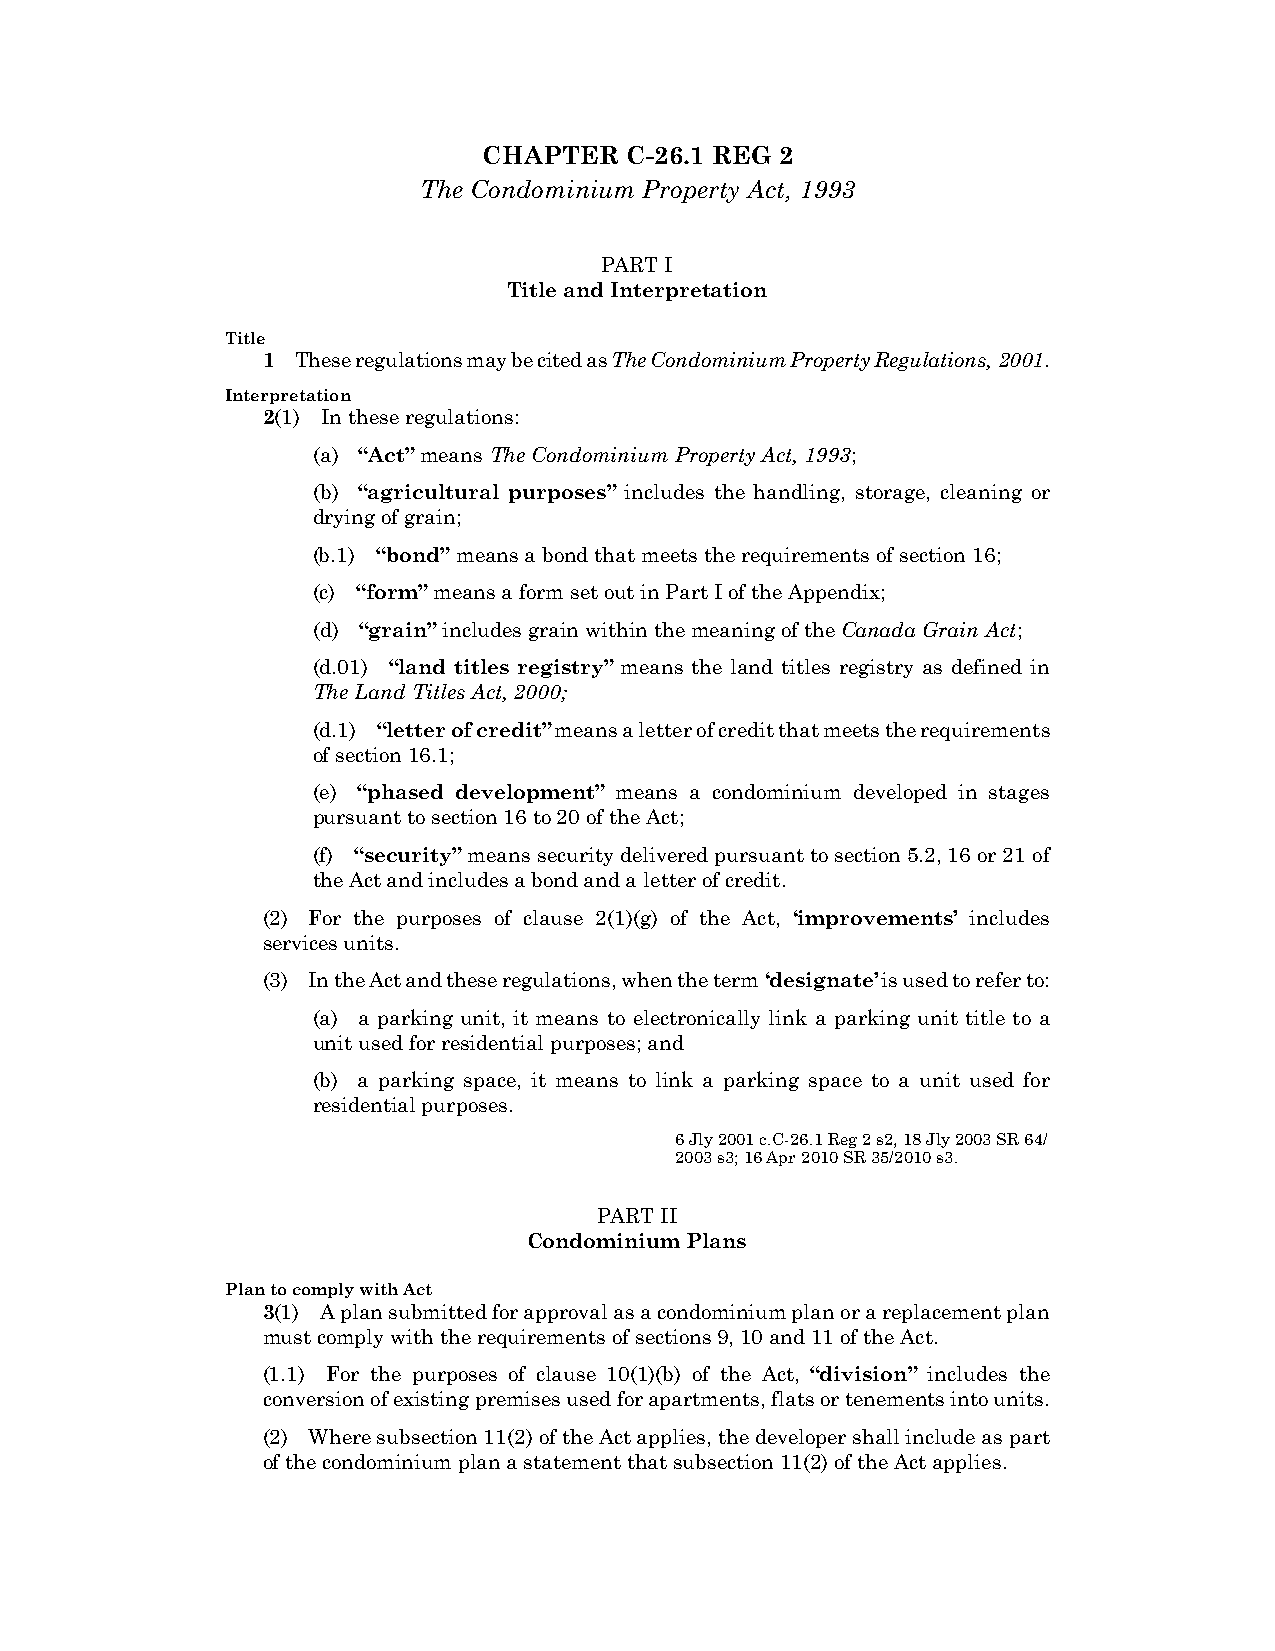
4
 C-26.1 REG 2     CONDOMINIUM PROPERTY, 2001
 CHAPTER  C-26.1 REG 2
 The Condominium Property Act, 1993
 PART I
 Title and Interpretation
 Title
 1  These regulations may be cited as The Condominium Property Regulations, 2001.
 Interpretation
 2(1) In these regulations:
 (a) “Act” means The Condominium Property Act, 1993;
 (b) “agricultural purposes” includes the handling, storage, cleaning or
 drying of grain;
 (b.1) “bond” means a bond that meets the requirements of section 16;
 (c) “form” means a form set out in Part I of the Appendix;
 (d) “grain” includes grain within the meaning of the Canada Grain Act;
 (d.01) “land titles registry” means the land titles registry as defined in
 The Land Titles Act, 2000;
 (d.1) “letter of credit” means a letter of credit that meets the requirements
 of section 16.1;
 (e) “phased development” means a condominium developed in stages
 pursuant to section 16 to 20 of the Act;
 (f) “security” means security delivered pursuant to section 5.2, 16 or 21 of
 the Act and includes a bond and a letter of credit.
 (2) For the purposes of clause 2(1)(g) of the Act, ‘improvements’ includes
 services units.
 (3) In the Act and these regulations, when the term ‘designate’ is used to refer to:
 (a) a parking unit, it means to electronically link a parking unit title to a
 unit used for residential purposes; and
 (b) a parking space, it means to link a parking space to a unit used for
 residential purposes.
 6 Jly 2001 c.C-26.1 Reg 2 s2, 18 Jly 2003 SR 64/
 2003 s3; 16 Apr 2010 SR 35/2010 s3.
 PART II
 Condominium Plans
 Plan to comply with Act
 3(1) A plan submitted for approval as a condominium plan or a replacement plan
 must comply with the requirements of sections 9, 10 and 11 of the Act.
 (1.1) For the purposes of clause 10(1)(b) of the Act, “division” includes the
 conversion of existing premises used for apartments, flats or tenements into units.
 (2) Where subsection 11(2) of the Act applies, the developer shall include as part
 of the condominium plan a statement that subsection 11(2) of the Act applies.